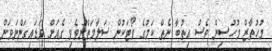
މުހުތާޒް މުހުސިން ވެސް އިތުބާ ނެތް ކަމުގެ ވޯޓަކުން ސަލާމަތްނުވެވި ގެއަށް ވަޑައިގަންނަވަން